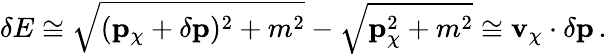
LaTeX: \delta E\cong\sqrt{({\mathbf p}_{\chi}+\delta{\mathbf p})^{2}+m^{2}}-\sqrt{{\mathbf p}_{\chi}^{2}+m^{2}}\cong{\mathbf v}_{\chi}\cdot\delta{\mathbf p}\, .